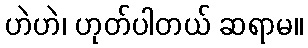
ဟဲဟဲ၊ ဟုတ်ပါတယ် ဆရာမ။